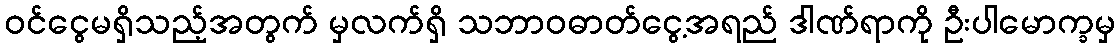
ဝင်ငွေမရှိသည့်အတွက် မှလက်ရှိ သဘာဝဓာတ်ငွေ့အရည် ဒါဏ်ရာကို ဦးပါမောက္ခမှ